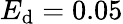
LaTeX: E_{\textrm{d}}=0.05